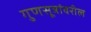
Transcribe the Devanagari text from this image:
गुणसूत्रांवरील